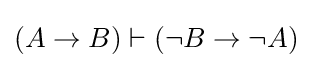
(A\rightarrow B)\vdash (\lnot B\rightarrow \lnot A)